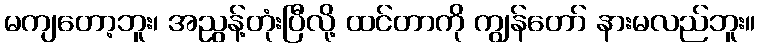
မကျတော့ဘူး၊ အညွန့်တုံးပြီလို့ ထင်တာကို ကျွန်တော် နားမလည်ဘူး။